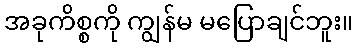
အခုကိစ္စကို ကျွန်မ မပြောချင်ဘူး။